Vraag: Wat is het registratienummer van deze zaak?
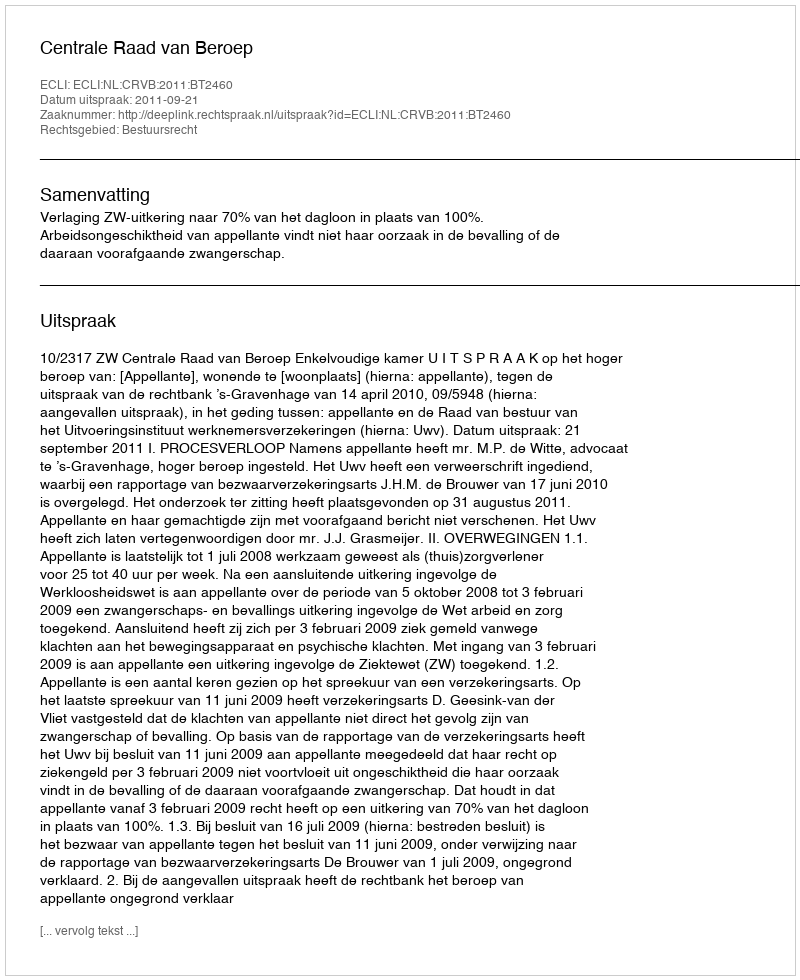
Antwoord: http://deeplink.rechtspraak.nl/uitspraak?id=ECLI:NL:CRVB:2011:BT2460